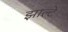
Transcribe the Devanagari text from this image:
झाल्टे